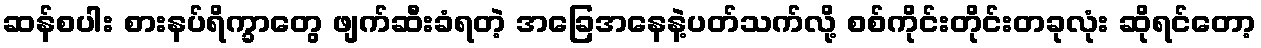
ဆန်စပါး စားနပ်ရိက္ခာတွေ ဖျက်ဆီးခံရတဲ့ အခြေအနေနဲ့ပတ်သက်လို့ စစ်ကိုင်းတိုင်းတခုလုံး ဆိုရင်တော့